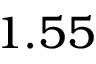
1 . 5 5